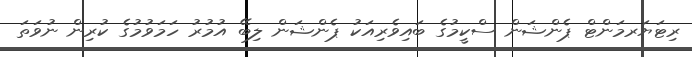
ރިޓަޔަރމަންޓް ޕެންޝަން ސްކީމުގެ ބައިވެރިއަކު ޕެންޝަން ލިބޭ އުމުރު ހަމަވުމުގެ ކުރިން ނުވަތަ